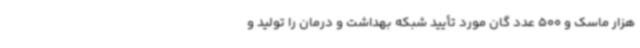
هزار ماسک و 500 عدد گان مورد تأیید شبکه بهداشت و درمان را تولید و